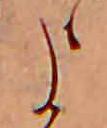
よ